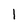
Character: l